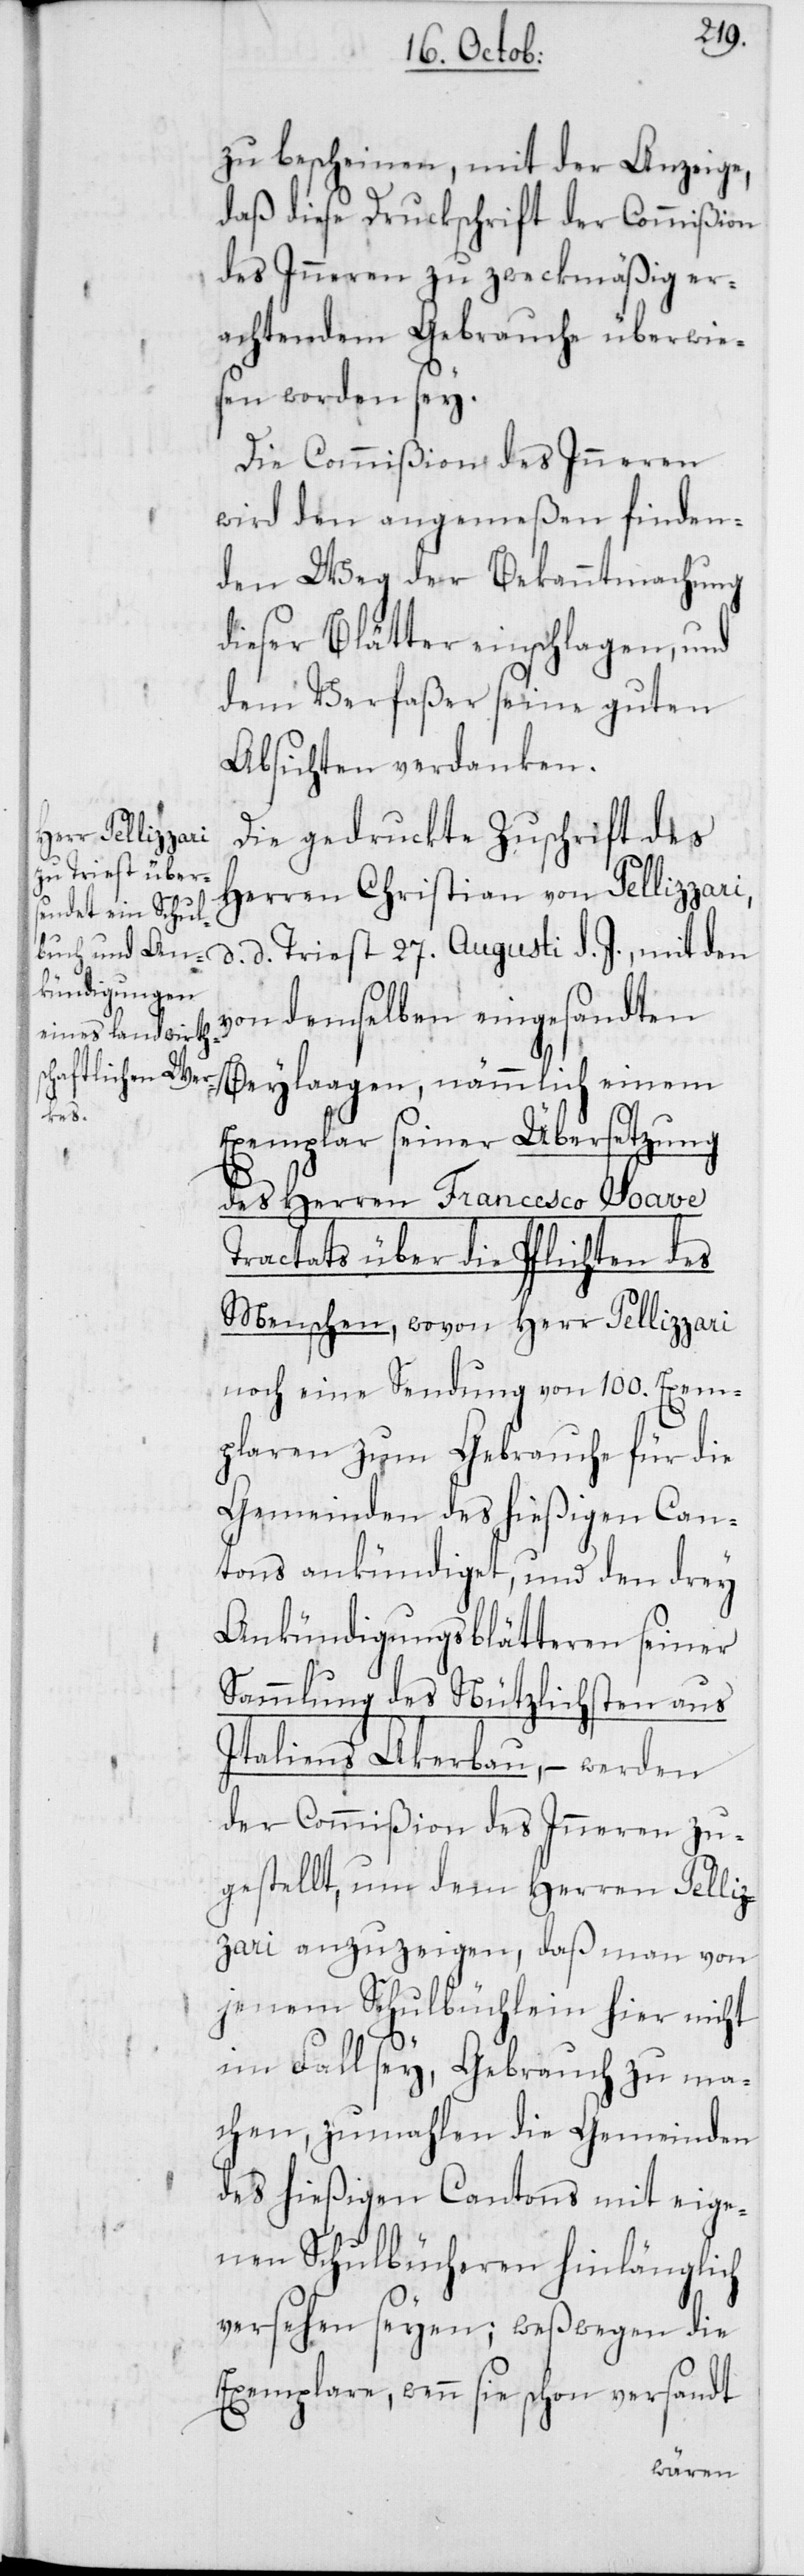
zu bescheinen, mit der Anzeige,
daß diese Druckschrift der Commißion
des Inneren zu zweckmäßig er¬
achtendem Gebrauche überwie¬
sen worden sey.
Die Commißion des Inneren
wird den angemeßen finden¬
den Weg der Bekanntmachung
dieser Blätter einschlagen, und
dem Verfaßer seine guten
Absichten verdanken.
Die gedruckte Zuschrift des
Herren Christian von Pellizzari,
d. d. Triest 27. Augusti d. J., mit den
von demselben eingesandten
Beylaagen, nämmlich einem
Exemplar seiner Übersetzung
des Herren Francesco Soave
Tractats über die Pflichten des
Menschen, wovon Herr Pellizzari
noch eine Sendung von 100. Exem¬
plaren zum Gebrauche für die
Gemeinden des hießigen Can¬
tons ankündiget, und den drey
Ankündigungsblätteren seiner
Sammlung des Nützlichsten aus
Italiens Ackerbau, – werden
der Commißion des Inneren zu¬
gestellt, um dem Herren Pelliz¬
zari anzuzeigen, daß man von
jenem Schulbüchlein hier nicht
im Fall sey, Gebrauch zu ma¬
chen, zumahlen die Gemeinden
des hießigen Cantons mit eige¬
nen Schulbücheren hinlänglich
versehen seyen; weswegen die
Exemplare, wenn sie schon versandt